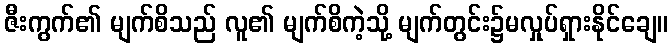
ဇီးကွက်၏ မျက်စိသည် လူ၏ မျက်စိကဲ့သို့ မျက်တွင်း၌မလှုပ်ရှားနိုင်ချေ။